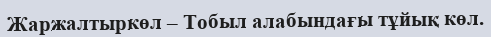
Жаржалтыркөл – Тобыл алабындағы тұйық көл.